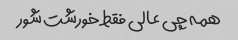
همه چی عالی فقط خورشت شور